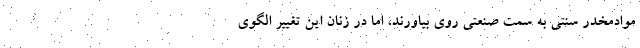
موادمخدر سنتی به سمت صنعتی روی بیاورند، اما در زنان این تغییر الگوی